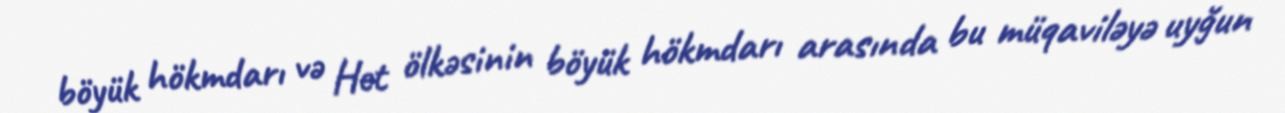
böyük hökmdarı və Het ölkəsinin böyük hökmdarı arasında bu müqaviləyə uyğun